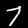
Digit: 7